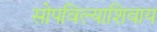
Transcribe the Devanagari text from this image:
सोपविल्याशिवाय